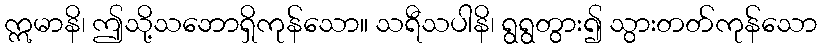
ဣမာနိ၊ ဤသို့သဘောရှိကုန်သော။ သရီသပါနိ၊ ရွရွတွား၍ သွားတတ်ကုန်သော